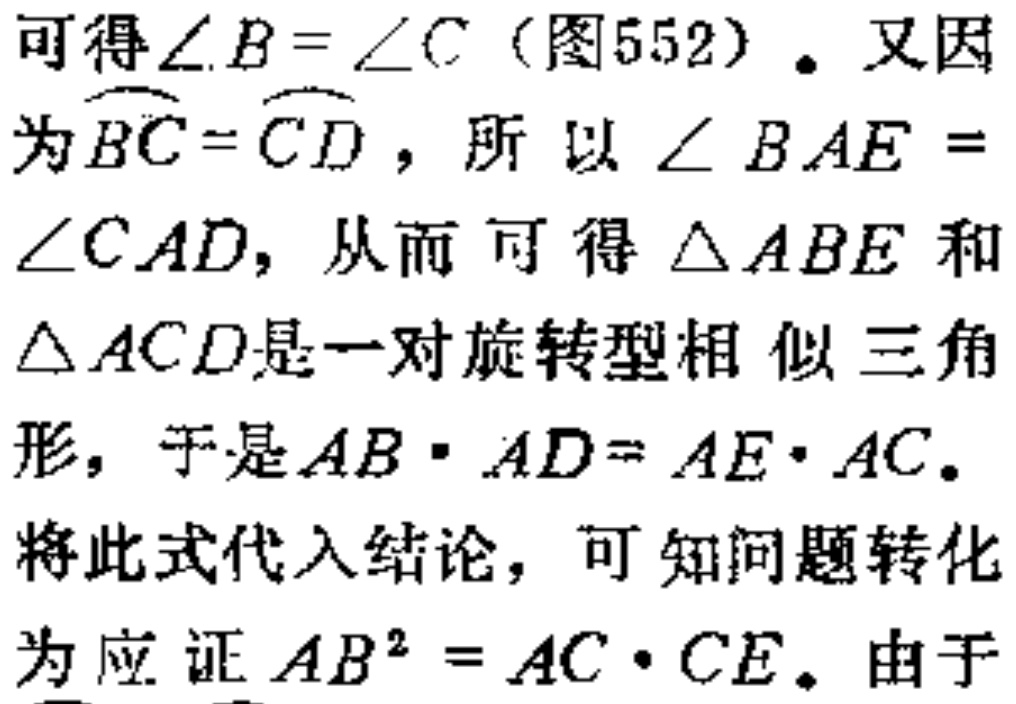
可得\(\angle B = \angle C\)（图552）。又因为\(\overset{\frown}{BC}=\overset{\frown}{CD}\)，所以\(\angle BAE = \angle CAD\)，从而可得\(\triangle ABE\)和\(\triangle ACD\)是一对旋转型相似三角形，于是\(AB\cdot AD = AE\cdot AC\)。将此式代入结论，可知问题转化为应证\(AB^{2}=AC\cdot CE\)。由于